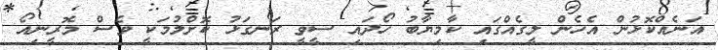
އަނެއްކޮޅުން އެހެން ލީގެއްގައި ކާމިޔާބު ހޯދައި ސީވީ ރަނގަޅު ކޮށްލުމަކީ ވެސް މޮރީނިއޯ